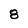
Character: 8